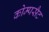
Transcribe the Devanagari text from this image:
कोम्पसैट